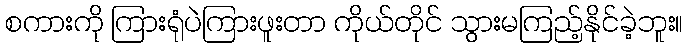
စကားကို ကြားရုံပဲကြားဖူးတာ ကိုယ်တိုင် သွားမကြည့်နိုင်ခဲ့ဘူး။